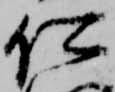
仁